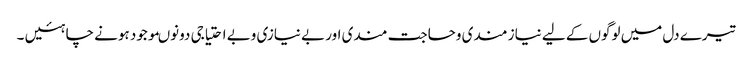
تیرے دل میں لوگوں کے لیے نیاز مندی وحاجت مندی اور بے نیازی وبے احتیاجی دونوںموجود ہونے چاہئیں ۔